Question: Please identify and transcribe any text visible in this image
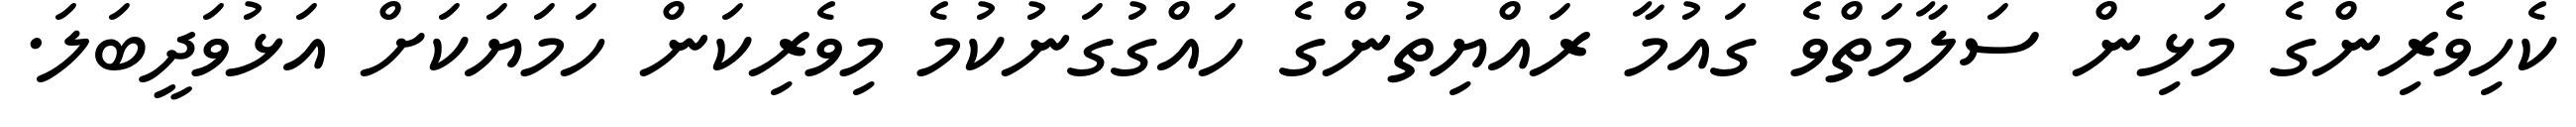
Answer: ކެހިވެރިންގެ މަޅިން ސަލާމަތްވެ ގައުމާ ރައްޔިތުންގެ ހައްގުގަނުކުމެ މިވެރިކަން ހަމަޔަކަށް އަޅުވަދީބަލަ.